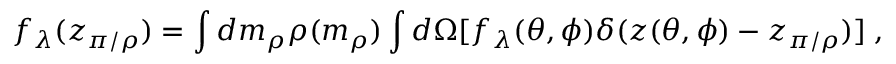
f _ { \lambda } ( z _ { \pi / \rho } ) = \int d m _ { \rho } \rho ( m _ { \rho } ) \int d \Omega [ f _ { \lambda } ( \theta , \phi ) \delta ( z ( \theta , \phi ) - z _ { \pi / \rho } ) ] \; ,